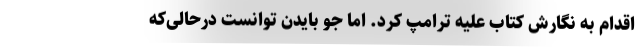
اقدام به نگارش کتاب علیه ترامپ کرد. اما جو بایدن توانست درحالی‌که